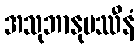
အသုဘာနုပဿီနံ